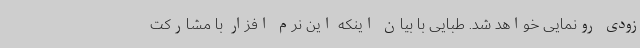
زودی رونمایی خواهد شد. طبایی با بیان اینکه این نرم افزار با مشارکت